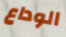
الوداع